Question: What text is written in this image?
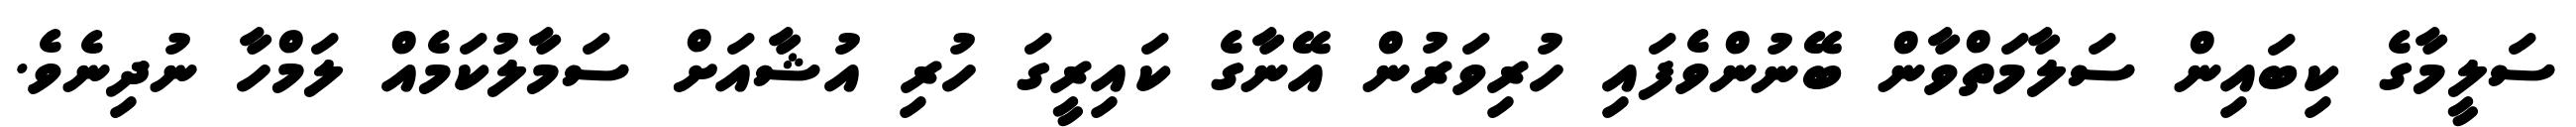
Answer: ސަލީމާގެ ކިބައިން ސަލާމަތްވާން ބޭނުންވެފައި ހުރިވަރުން އޭނާގެ ކައިރީގަ ހުރި އުޝާއަށް ސަމާލުކަމެއް ލަމްހާ ނުދިނެވެ.